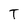
Character: T